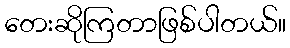
တေးဆိုကြတာဖြစ်ပါတယ်။